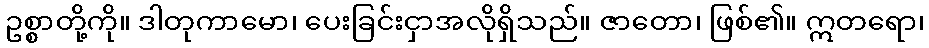
ဥစ္စာတို့ကို။ ဒါတုကာမော၊ ပေးခြင်းငှာအလိုရှိသည်။ ဇာတော၊ ဖြစ်၏။ ဣတရော၊